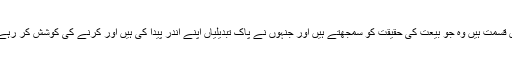
خوش قسمت ہیں وہ جو بیعت کی حقیقت کو سمجھتے ہیں اور جنہوں نے پاک تبدیلیاں اپنے اندر پیدا کی ہیں اور کرنے کی کوشش کر رہے ہیں۔